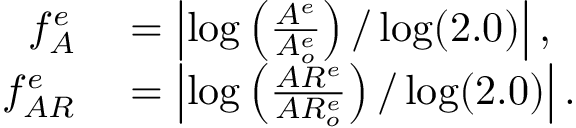
\begin{array} { r l } { f _ { A } ^ { e } } & { { } = \left\lvert \log \left( \frac { A ^ { e } } { A _ { o } ^ { e } } \right) / \log ( 2 . 0 ) \right\rvert , } \\ { f _ { A R } ^ { e } } & { { } = \left\lvert \log \left( \frac { A R ^ { e } } { A R _ { o } ^ { e } } \right) / \log ( 2 . 0 ) \right\rvert . } \end{array}